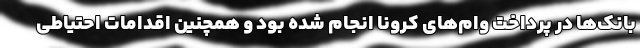
بانک‌ها در پرداخت وام‌های کرونا انجام شده بود و همچنین اقدامات احتیاطی